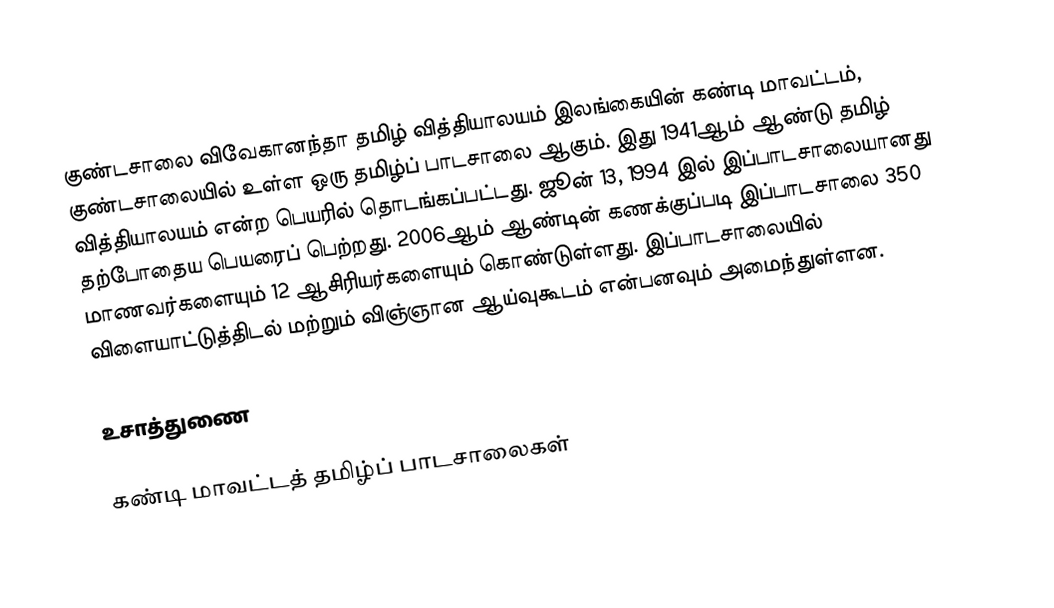
குண்டசாலை விவேகானந்தா தமிழ் வித்தியாலயம் இலங்கையின் கண்டி மாவட்டம், குண்டசாலையில் உள்ள ஒரு தமிழ்ப் பாடசாலை ஆகும். இது 1941ஆம் ஆண்டு தமிழ் வித்தியாலயம் என்ற பெயரில் தொடங்கப்பட்டது. ஜூன் 13, 1994 இல் இப்பாடசாலையானது தற்போதைய பெயரைப் பெற்றது.　2006ஆம் ஆண்டின் கணக்குப்படி இப்பாடசாலை 350 மாணவர்களையும் 12 ஆசிரியர்களையும் கொண்டுள்ளது. இப்பாடசாலையில் விளையாட்டுத்திடல் மற்றும் விஞ்ஞான ஆய்வுகூடம் என்பனவும் அமைந்துள்ளன.

உசாத்துணை

கண்டி மாவட்டத் தமிழ்ப் பாடசாலைகள்